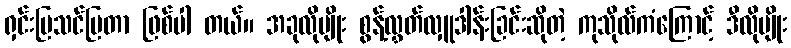
ရှင်းပြသင်ပြတာ ဖြစ်ပါ တယ်။ အခုလိုမျိုး စွန့်လွှတ်လှူဒါန်းခြင်းဆိုတဲ့ ကုသိုလ်ကံကြောင့် ဒီလိုမျိုး